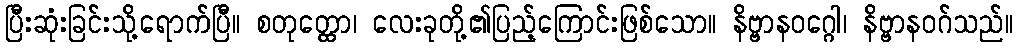
ပြီးဆုံးခြင်းသို့ရောက်ပြီ။ စတုတ္ထော၊ လေးခုတို့၏ပြည့်ကြောင်းဖြစ်သော။ နိဗ္ဗာနဝဂ္ဂေါ၊ နိဗ္ဗာနဝဂ်သည်။